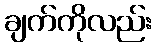
ချက်ကိုလည်း